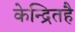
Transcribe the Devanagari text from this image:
केन्द्रितहै